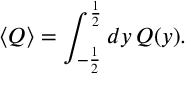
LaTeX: \langle Q \rangle = \int _ { - \frac { 1 } { 2 } } ^ { \frac { 1 } { 2 } } d y \, Q ( y ) .